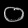
Digit: ၀